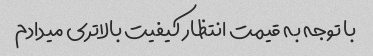
با توجه به قیمت انتظار کیفیت بالاتری میدادم